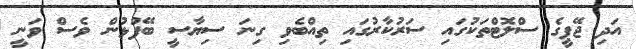
އަދި ޖޭޕީގެ ސްލޮޓްތަކުގައި ސަރުކާރުގައި ތިއްބެވި ގިނަ ސިޔާސީ ބޭފުޅުން ވެސް ވަނީ